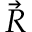
\vec { R }